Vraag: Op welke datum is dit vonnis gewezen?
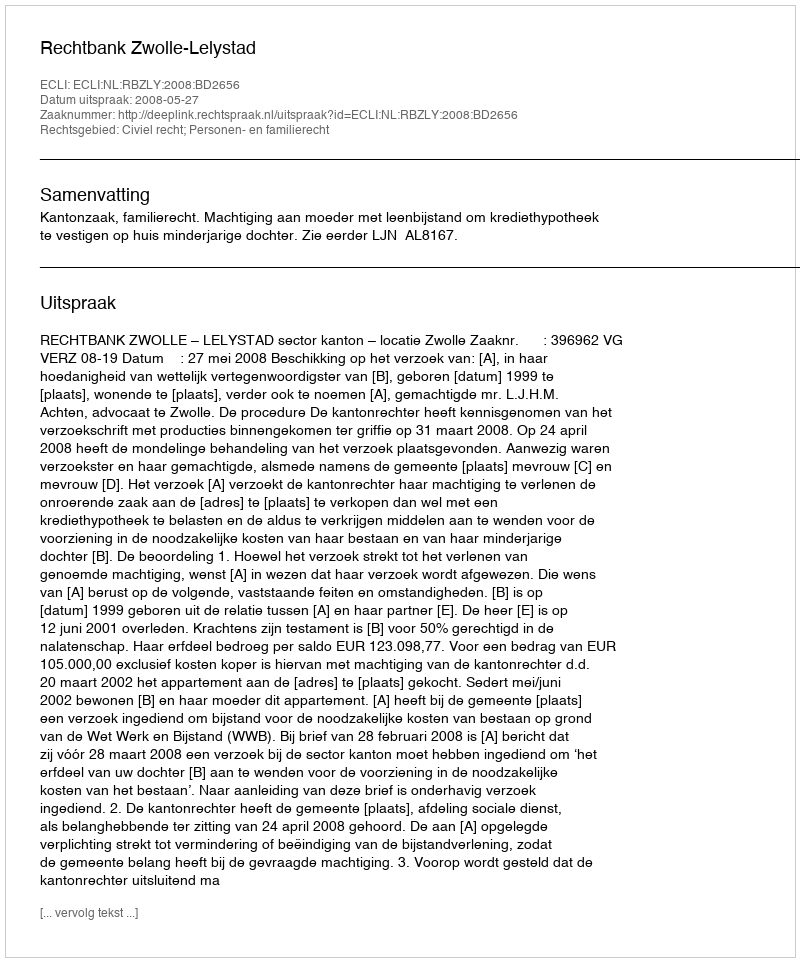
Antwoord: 2008-05-27